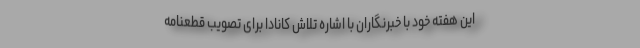
این هفته خود با خبرنگاران با اشاره تلاش کانادا برای تصویب قطعنامه